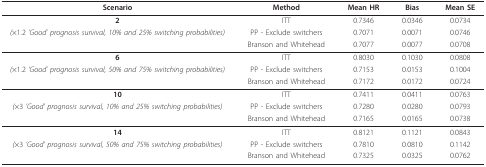
<table><thead><tr><td><b>Scenario</b></td><td><b>Method</b></td><td><b>Mean HR</b></td><td><b>Bias</b></td><td><b>Mean SE</b></td></tr></thead><tbody><tr><td><b>2</b></td><td>ITT</td><td>0.7346</td><td>0.0346</td><td>0.0734</td></tr><tr><td><i>(</i>×1.2 <i>&#x27;Good&#x27; prognosis survival, 10% and 25% switching probabilities)</i></td><td>PP - Exclude switchers</td><td>0.7071</td><td>0.0071</td><td>0.0746</td></tr><tr><td></td><td>Branson and Whitehead</td><td>0.7077</td><td>0.0077</td><td>0.0708</td></tr><tr><td><b>6</b></td><td>ITT</td><td>0.8030</td><td>0.1030</td><td>0.0808</td></tr><tr><td><i>(</i>×1.2 <i>&#x27;Good&#x27; prognosis survival, 50% and 75% switching probabilities)</i></td><td>PP - Exclude switchers</td><td>0.7153</td><td>0.0153</td><td>0.1004</td></tr><tr><td></td><td>Branson and Whitehead</td><td>0.7172</td><td>0.0172</td><td>0.0724</td></tr><tr><td><b>10</b></td><td>ITT</td><td>0.7411</td><td>0.0411</td><td>0.0763</td></tr><tr><td><i>(</i>×3 <i>&#x27;Good&#x27; prognosis survival, 10% and 25% switching probabilities)</i></td><td>PP - Exclude switchers</td><td>0.7280</td><td>0.0280</td><td>0.0793</td></tr><tr><td></td><td>Branson and Whitehead</td><td>0.7165</td><td>0.0165</td><td>0.0738</td></tr><tr><td><b>14</b></td><td>ITT</td><td>0.8121</td><td>0.1121</td><td>0.0843</td></tr><tr><td><i>(</i>×3 <i>&#x27;Good&#x27; prognosis survival, 50% and 75% switching probabilities)</i></td><td>PP - Exclude switchers</td><td>0.7810</td><td>0.0810</td><td>0.1142</td></tr><tr><td></td><td>Branson and Whitehead</td><td>0.7325</td><td>0.0325</td><td>0.0762</td></tr></tbody></table>